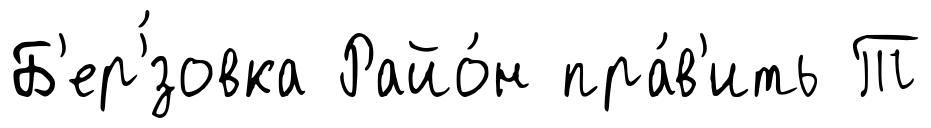
Б'ер'́зовка Райо́н пра́в'ить Т